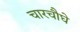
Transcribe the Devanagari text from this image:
चारचौघे